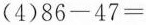
(4) $$8 6 - 4 7 =$$